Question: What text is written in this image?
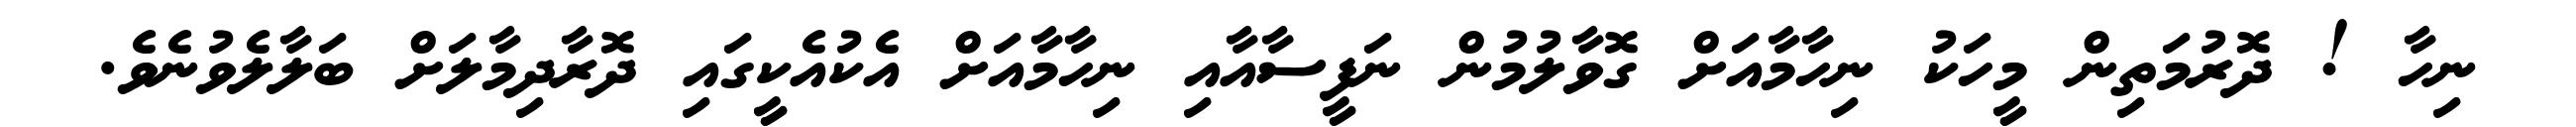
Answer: ނިހާ ! ދޮރުމަތިން މީހަކު ނިހާމާއަށް ގޮވާލުމުން ނަފީސާއާއި ނިހާމާއަށް އެކުއެކީގައި ދޮރާދިމާލަށް ބަލާލެވުނެވެ.